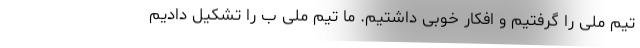
تیم ملی را گرفتیم و افکار خوبی داشتیم. ما تیم ملی ب را تشکیل دادیم